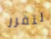
لتقرر